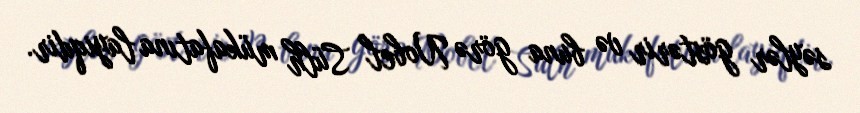
səylər göstərir və buna görə Nobel Sülh mükafatına layiqdir.